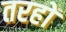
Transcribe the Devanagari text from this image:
तरहों